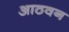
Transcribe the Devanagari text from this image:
आठवन